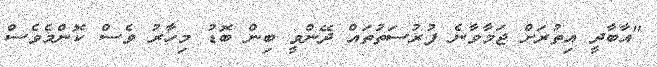
"އާބާދީ އިތުރަށް ޖަމާވާނެ ފުރުސަތުތައް ދޭންވީ ބިން ބޮޑު މިހާރު ވެސް ކޮންމެވެސް